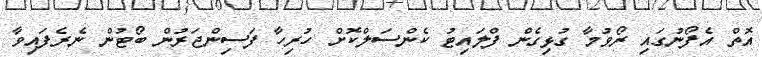
އޮތް އެފޯނުގައި ރޯވުމާ ގުޅިގެން ފްލައިޓު ކެންސަލްކޮށް ހުރިހާ ފަސިންޖަރުން ބޯޓުން ނެރެފައިވާ